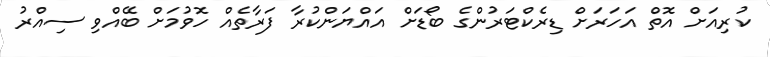
ކުރިއަށް އޮތް އަހަރަށް ޑިރެކްޓަރުންގެ ބޯޑަށް އައްޔަންކުރާ ފަރާތެއް ހޮވުމަށް ބޭއްވި ސިއްރު